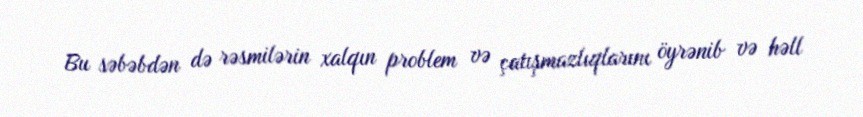
Bu səbəbdən də rəsmilərin xalqın problem və çatışmazlıqlarını öyrənib və həll